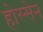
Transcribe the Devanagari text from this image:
होस्सेन